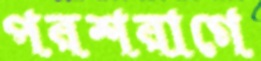
পরশরাগে